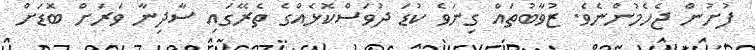
ފުށުން ޖެހެމުންނެވެ. ޒުވާބުތައް ގިނަވެ ކުޑަ ދުވަސްކޮޅެއްގެ ތެރޭގައި ސާދިނާ ވަރަށް ބޮޑަށް